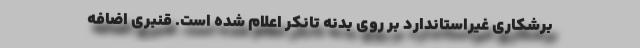
برشکاری غیراستاندارد بر روی بدنه تانکر اعلام شده است. قنبری اضافه